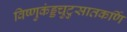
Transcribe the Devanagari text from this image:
विष्णुकंड्डचुटुसातकर्णि